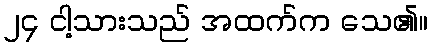
၂၄ ငါ့သားသည် အထက်က သေ၏။